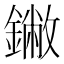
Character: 䥕